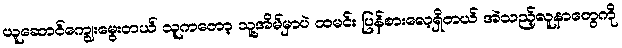
ယူဆောင်ကျွေးမွေးတယ် သူကတော့ သူ့အိမ်မှာပဲ ထမင်း ပြန်စားလေ့ရှိတယ် အဲသည့်လူနာတွေကို